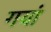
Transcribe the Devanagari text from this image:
गयां